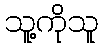
သူ့ကိုသူ